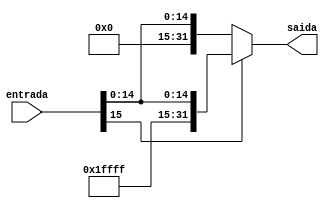
module extend(
	output [31:0] saida,
	input [15:0] entrada
);   
	
	assign saida = (entrada[15]) ? {16'hFFFF,entrada} : {16'h0,entrada};
	
endmodule